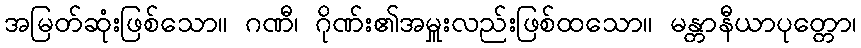
အမြတ်ဆုံးဖြစ်သော။ ဂဏီ၊ ဂိုဏ်း၏အမှူးလည်းဖြစ်ထသော။ မန္တာနီယာပုတ္တော၊